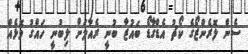
ސެން ލޮރެންޒޯގެ ކޯޗު އެޑްގާޑޯ ބައުޒާ ބުނީ ރެއާލަށް ލިބުނީ ހައްގު މޮޅެއް